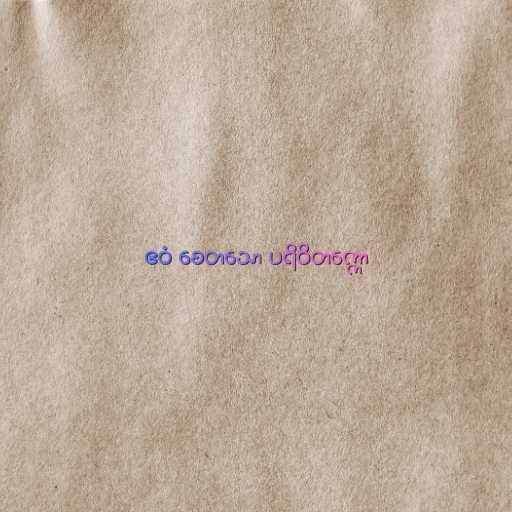
ဧဝံ စေတသော ပရိဝိတက္ကော